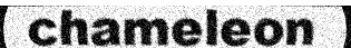
chameleon